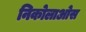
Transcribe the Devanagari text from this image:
निकोलाओस